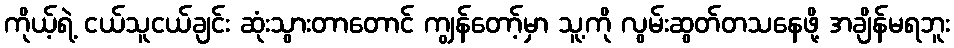
ကိုယ့်ရဲ့ ငယ်သူငယ်ချင်း ဆုံးသွားတာတောင် ကျွန်တော့်မှာ သူ့ကို လွမ်းဆွတ်တသနေဖို့ အချိန်မရဘူး